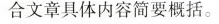
合文章具体内容简要概括。